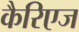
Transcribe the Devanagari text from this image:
कैरिएज